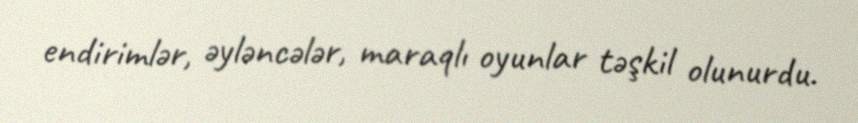
endirimlər, əyləncələr, maraqlı oyunlar təşkil olunurdu.